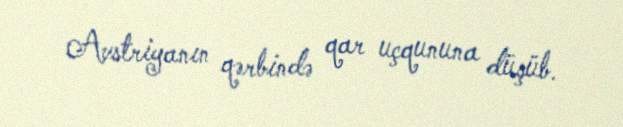
Avstriyanın qərbində qar uçqununa düşüb.